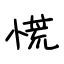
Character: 慌